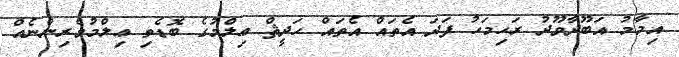
އިމާމު އަބޫދާވޫދު ރަޙިމަހު ފަދަ އެތައް އެތައް ޙަދީޘް ޢިލްމުގެ ބޮޑެތި ޢިލްމުވެރިންނެއް